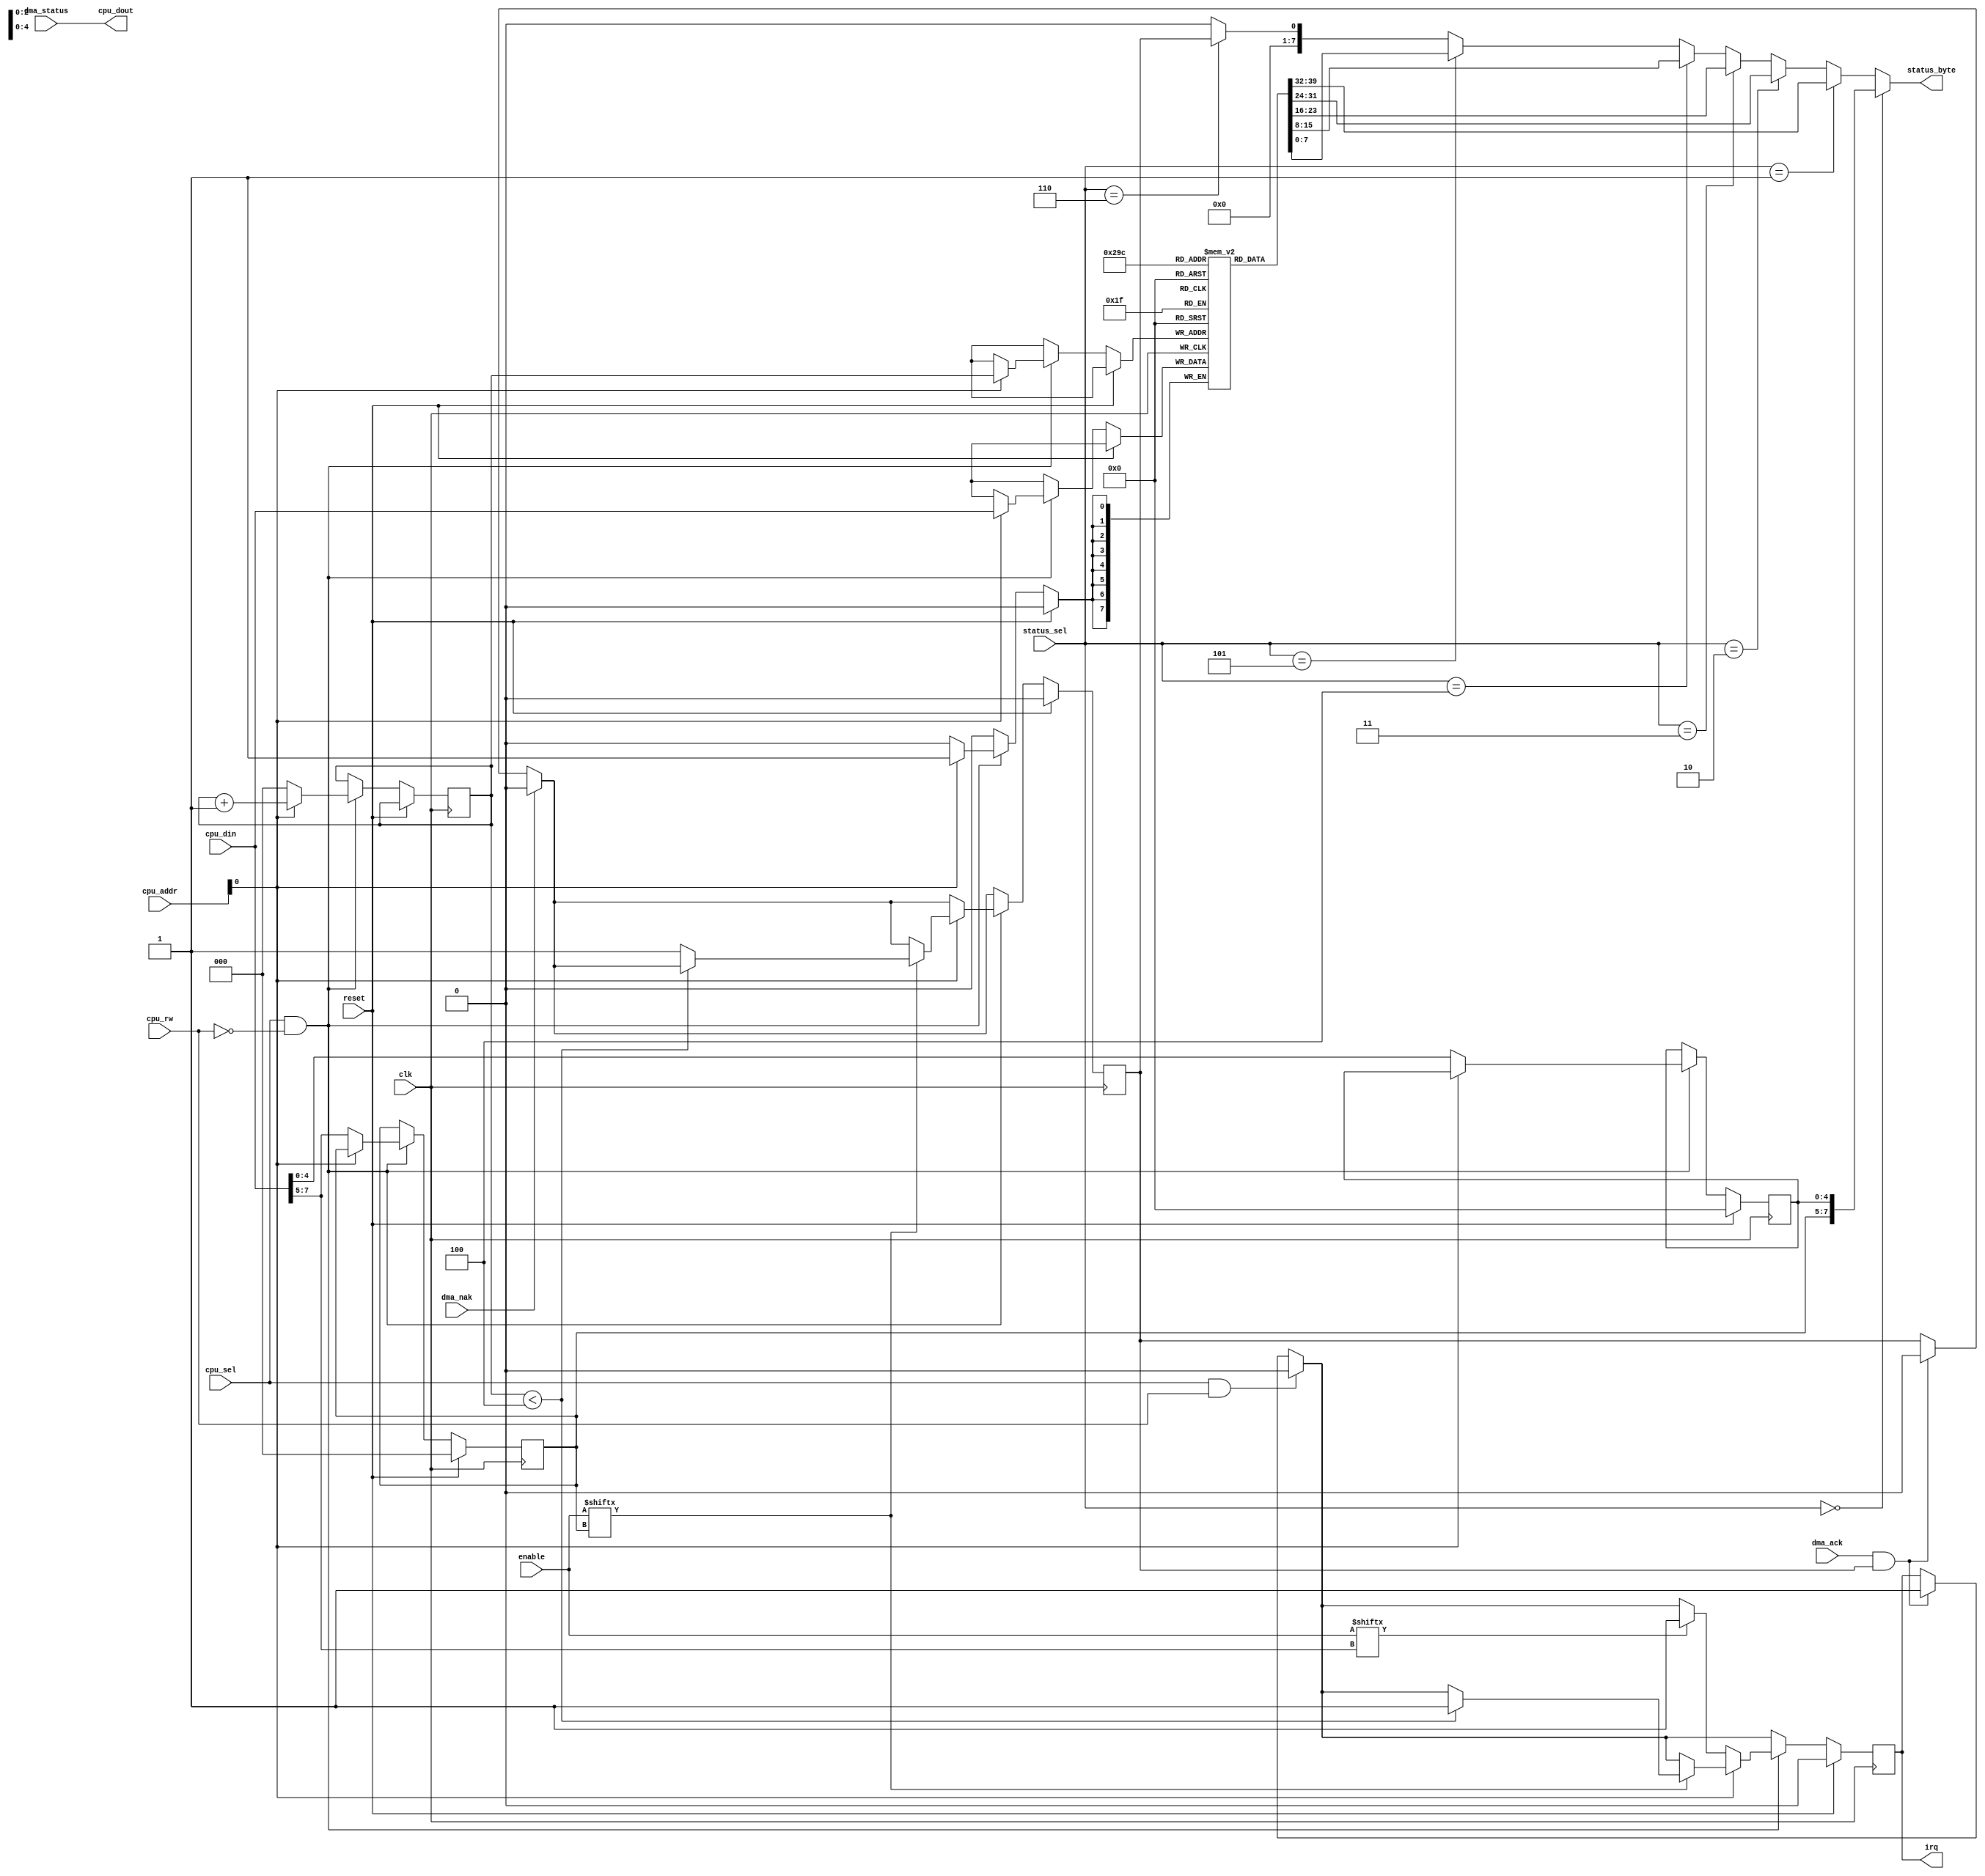
// acsi.v
//
// Atari ST ACSI implementation for the MIST baord
// http://code.google.com/p/mist-board/
//
// Copyright (c) 2015 Till Harbaum <till@harbaum.org>
//
// This source file is free software: you can redistribute it and/or modify
// it under the terms of the GNU General Public License as published
// by the Free Software Foundation, either version 3 of the License, or
// (at your option) any later version.
//
// This source file is distributed in the hope that it will be useful,
// but WITHOUT ANY WARRANTY; without even the implied warranty of
// MERCHANTABILITY or FITNESS FOR A PARTICULAR PURPOSE.  See the
// GNU General Public License for more details.
//
// You should have received a copy of the GNU General Public License
// along with this program.  If not, see <http://www.gnu.org/licenses/>.
//

module acsi (
	    // clocks and system interface
	input 	     clk,
	input 	     reset,

	input [7:0]  enable,
	    
	input 	     dma_ack, // IO controller answers request
	input 	     dma_nak, // IO controller rejects request
	input [7:0]  dma_status,

	
	input [2:0]  status_sel,
	output [7:0] status_byte,

        // cpu interface
        input [1:0]  cpu_addr,
        input 	     cpu_sel,
        input 	     cpu_rw,
        input [7:0]  cpu_din,
        output [7:0] cpu_dout,

	output reg   irq		 
);

// acsi always returns dma status on cpu_read
assign cpu_dout = dma_status;
   
reg [2:0] target;
reg [4:0] cmd;
reg [2:0] byte_counter;
reg [7:0] cmd_parms [4:0];
reg busy;

// acsi status as reported to the io controller
assign status_byte =
    (status_sel == 0)?{ target, cmd }:
    (status_sel == 1)?cmd_parms[0]:
    (status_sel == 2)?cmd_parms[1]:
    (status_sel == 3)?cmd_parms[2]:
    (status_sel == 4)?cmd_parms[3]:
    (status_sel == 5)?cmd_parms[4]:
    (status_sel == 6)?{ 7'b0000000, busy }:
    8'h00;

// CPU write interface
always @(negedge clk) begin
   if(reset) begin
      target <= 3'd0;
      cmd <= 5'd0;
      irq <= 1'b0;
      busy <= 1'b0;
   end else begin
      
      // DMA transfer has been ack'd by io controller
      if(dma_ack && busy) begin
	 irq <= 1'b1;   // set acsi irq			
	 busy <= 1'd0;
      end

      // DMA transfer has been rejected by io controller (no such device)
      if(dma_nak)
	busy <= 1'd0;

      // cpu is reading status register -> clear acsi irq
      // status itself is returned by the io controller with the dma_ack
      if(cpu_sel && cpu_rw)
	irq <= 1'b0;
	 
      // acsi register access
      if(cpu_sel && !cpu_rw) begin
	 if(!cpu_addr[0]) begin
	    // a0 == 0 -> first command byte
	    target <= cpu_din[7:5];
	    cmd <= cpu_din[4:0];
	    byte_counter <= 3'd0;
	    
	    // check if this acsi device is enabled
	    if(enable[cpu_din[7:5]] == 1'b1)
	      irq <= 1'b1;
	 end else begin
	    // further bytes
	    cmd_parms[byte_counter] <= cpu_din[7:0];
	    byte_counter <= byte_counter + 3'd1;
	    
	    // check if this acsi device is enabled
	    if(enable[target] == 1'b1) begin
	       // auto-ack first 5 bytes
	       if(byte_counter < 4)
		 irq <= 1'b1;
	       else
		 busy <= 1'b1;  // request io cntroller
	    end
	 end
      end
   end
end
 
endmodule // acsi